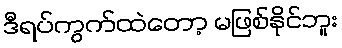
ဒီရပ်ကွက်ထဲတော့ မဖြစ်နိုင်ဘူး